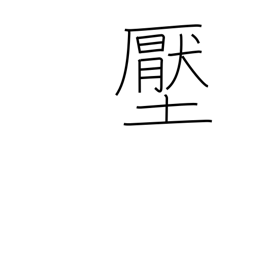
Meaning: pressure